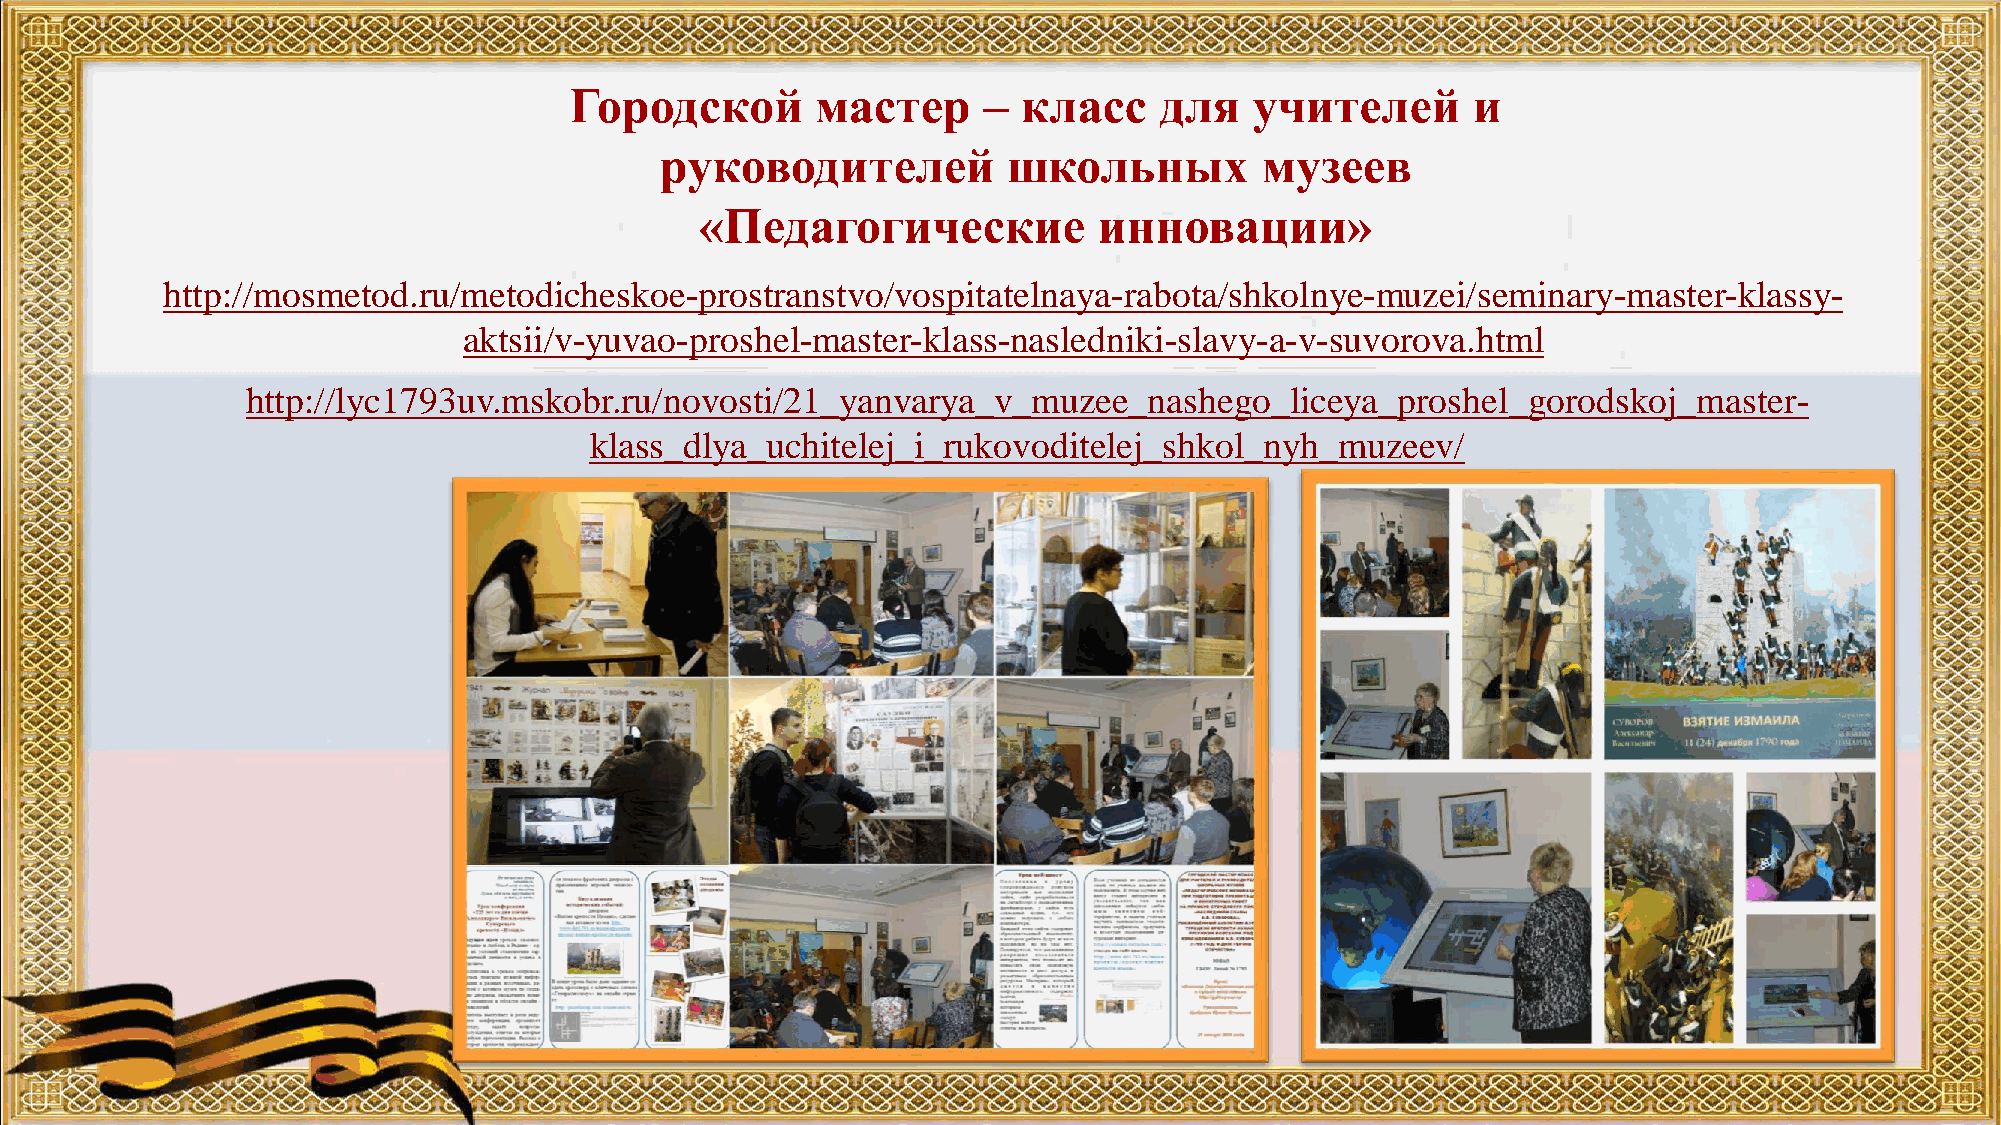
Городской       мастер     –  класс    для   учителей      и
 руководителей          школьных         музеев
 «Педагогические            инновации»
 http://mosmetod.ru/metodicheskoe-prostranstvo/vospitatelnaya-rabota/shkolnye-muzei/seminary-master-klassy-
 aktsii/v-yuvao-proshel-master-klass-nasledniki-slavy-a-v-suvorova.html
 http://lyc1793uv.mskobr.ru/novosti/21_yanvarya_v_muzee_nashego_liceya_proshel_gorodskoj_master-
 klass_dlya_uchitelej_i_rukovoditelej_shkol_nyh_muzeev/